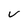
Character: v